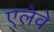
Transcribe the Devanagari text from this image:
एलेवे